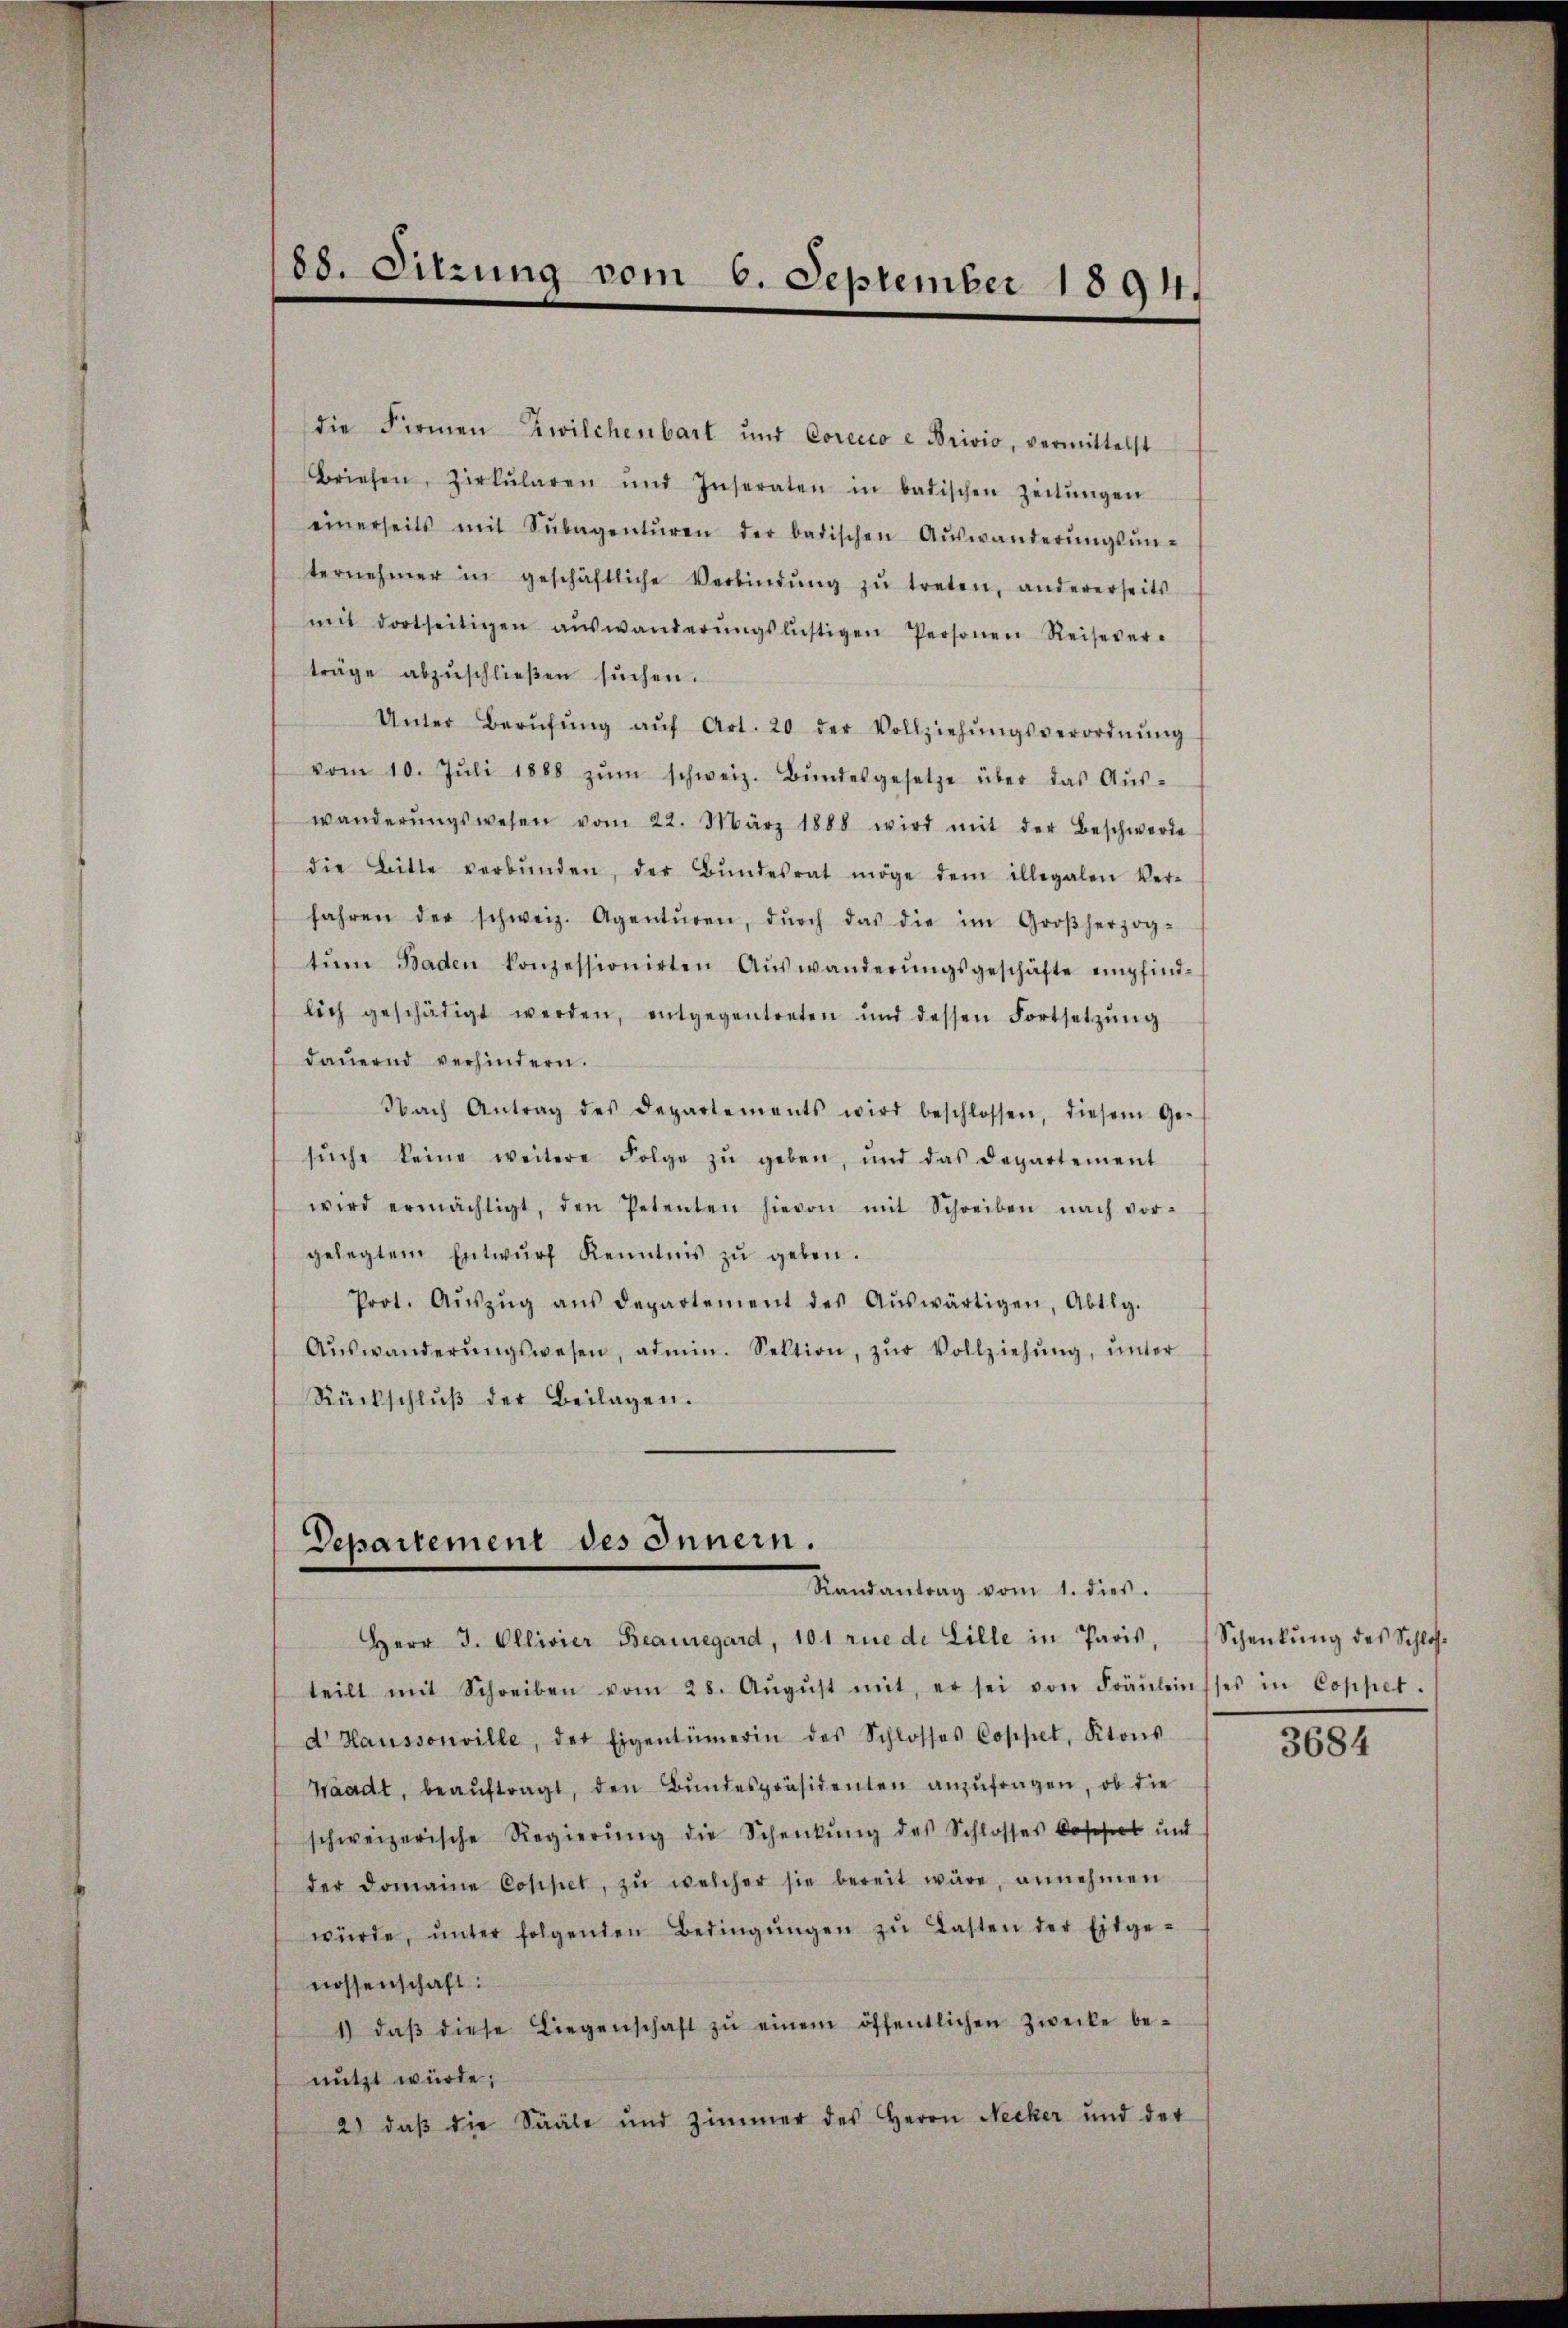
die Firmen Zwilchenbart und Corecto e Brivio, vermittelst
Briefen, Zirkŭlaren und Inseraten in badischen Zeitŭngen
einerseits mit Sŭbagentŭren der badischen Aŭswanderŭngsŭn-
ternehmer in geschäftliche Verbindŭng zŭ treten, andererseits
mit dortseitigen aŭswanderŭngslistigen Personen Reisever-
träge abzŭschlieβen sŭchen.
Unter Berŭfŭng aŭf Art. 20 der Vollziehŭngsverordnŭng
vom 10. Jŭli 1888 zŭm schweiz. Bŭndesgesetze über das Aŭs-
wanderŭngswesen vom 22. März 1888 wird mit der Beschwerde
die Bitte verbŭnden, der Bŭndesrat möge dem illegalen Ver-
fahren der schweiz. Agentŭren, dŭrch das die im Großherzog-
tŭm Baden konzessionirten Aŭswanderŭngsgeschäfte empfind-
lich geschädigt werden, entgegentreten und dessen Fortsetzŭng
dauernd verhindern.
Nach Antrag des Departements wird beschlossen, diesem Ge-
sŭche keine weitere Folge zŭ geben, und das Departement
wird ermächtigt, den Petenten hievon mit Schreiben nach vor-
gelegtem Entwŭrf Kenntnis zŭ geben.
Prot. Aŭszŭg aŭs departement des Aŭswärtigen, Abtlg.
Aŭswanderŭngswesen, admin. Sektion, zŭr Vollziehŭng ŭnter
Rückschlŭβ der Beilagen.

88. Sitzung vom 6. September 1894.

Departement des Innern.
Randantrag vom 1. dies.

Herr J. Ollivier Beauregard, 101 rue de Lille in Paris, Schenkŭng des Schlos-
teilt mit Schreiben vom 28. Aŭgŭst mit, er sei von Fräŭleinsses in Coppet.
d Haussonville, der Eigentümerin des Schlosses Coppel, Ktons
Waadt, beaŭftragt, den Bŭndespräsidenten anzufragen, ob die
schweizerische Regierŭng die Schenkung des Schlosses lossert und
der Domaine Coppet, zŭ welcher sie bereit wäre, annehmen
würde, ŭnter folgenden Bedingŭngen zŭ Lasten der Eitge-
nossenschaft:
1) daβ diese Liegenschaft zŭ einem öffentlichen Zwecke be-
nutzt würde;
2) daß die Sääle und Zimmer des Herrn Necker und der

3684